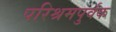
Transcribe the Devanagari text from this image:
परिश्रमपुर्वक